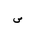
Letter: _sad